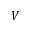
V